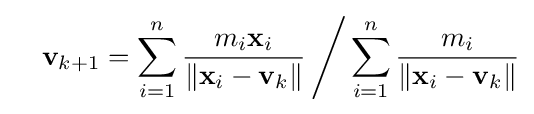
\quad \mathbf {v} _{k+1}=\sum _{i=1}^{n}{\frac {m_{i}\mathbf {x} _{i}}{\|\mathbf {x} _{i}-\mathbf {v} _{k}\|}}\,{\Bigg /}\sum _{i=1}^{n}{\frac {m_{i}}{\|\mathbf {x} _{i}-\mathbf {v} _{k}\|}}